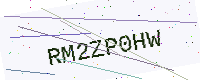
Text: RM2ZP0HW